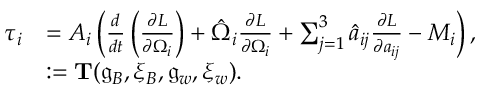
\begin{array} { r l } { \tau _ { i } } & { = A _ { i } \left( \frac { d } { d t } \left( \frac { \partial L } { \partial \Omega _ { i } } \right) + \hat { \Omega } _ { i } \frac { \partial L } { \partial \Omega _ { i } } + \sum _ { j = 1 } ^ { 3 } \hat { a } _ { i j } \frac { \partial L } { \partial a _ { i j } } - M _ { i } \right) , } \\ & { : = \mathbf { T } ( \mathfrak { g } _ { B } , \xi _ { B } , \mathfrak { g } _ { w } , \xi _ { w } ) . } \end{array}